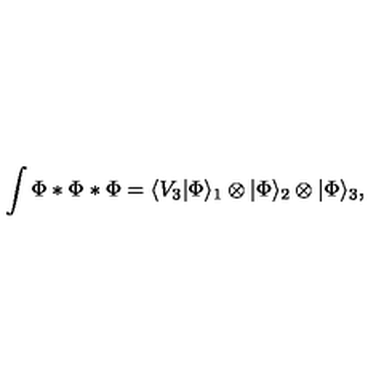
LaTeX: \int \Phi * \Phi * \Phi = \langle V _ { 3 } | \Phi \rangle _ { 1 } \otimes | \Phi \rangle _ { 2 } \otimes | \Phi \rangle _ { 3 } ,